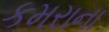
કમરાના